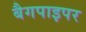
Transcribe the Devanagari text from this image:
बैगपाइपर